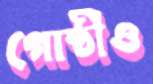
গোষ্ঠীও